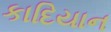
કાદિયાન